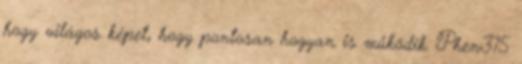
hogy világos képet, hogy pontosan hogyan is működik. Phen375